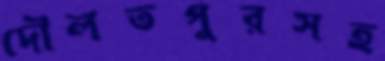
দৌলতপুরসহ